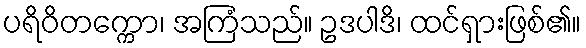
ပရိဝိတက္ကော၊ အကြံသည်။ ဥဒပါဒိ၊ ထင်ရှားဖြစ်၏။